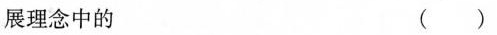
展理念中的 ( )